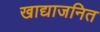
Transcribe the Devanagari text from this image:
खाद्याजनित